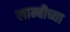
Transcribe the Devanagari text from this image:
लाम्बीच्या